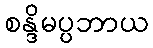
စန္ဒိမပ္ပဘာယ